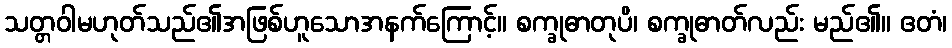
သတ္တဝါမဟုတ်သည်၏အဖြစ်ဟူသောအနက်ကြောင့်။ စက္ခုဓာတုပိ၊ စက္ခုဓာတ်လည်း မည်၏။ ဧတံ၊